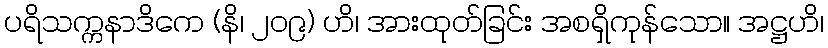
ပရိသက္ကနာဒိကေ (နိ၊ ၂၀၉) ဟိ၊ အားထုတ်ခြင်း အစရှိကုန်သော။ အဋ္ဌဟိ၊